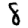
Digit: 8